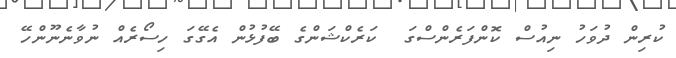
ކުރިން ދުވަހު ނިއުސް ކޮންފަރެންސްގަ  ކަރެކްޝަންގެ ބޭފުޅުން އެގޭގަ ހިސޯރެއް ނުވާނެނޫންހޭ